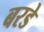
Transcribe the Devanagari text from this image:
बरडे